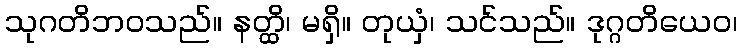
သုဂတိဘဝသည်။ နတ္ထိ၊ မရှိ။ တုယှံ၊ သင်သည်။ ဒုဂ္ဂတိယေဝ၊